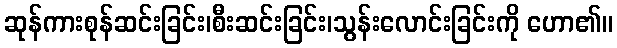
ဆုန်ကားစုန်ဆင်းခြင်း၊စီးဆင်းခြင်း၊သွန်းလောင်းခြင်းကို ဟော၏။